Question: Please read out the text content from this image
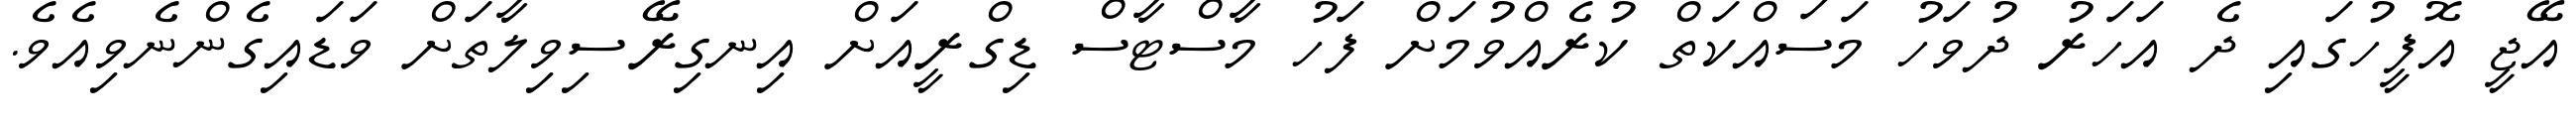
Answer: އޭޖީ އޮފީހުގައި ދެ އަހަރު ދުވަހު މަސައްކަތް ކުރެއްވުމަށް ފަހު މާސްޓާސް ޑިގްރީއަށް އިނގިރޭސިވިލާތަށް ވަޑައިގެންނެވިއެވެ.